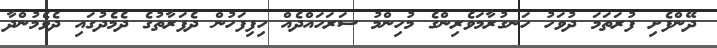
ދޭންފެށި ފުރަތަމަ ދުވަހު ހަނގުރާމަވެރިންގެ މުހިންމު ސަރަހައްދެއް ހިފިފަހުން ދެފަރާތުގެ ދެމެދުގައި ދެވެމުންދާ